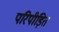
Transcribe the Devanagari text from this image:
परिपीड़ित